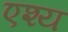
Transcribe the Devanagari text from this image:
एश्य